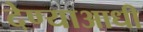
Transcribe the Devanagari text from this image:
देण्याआधी